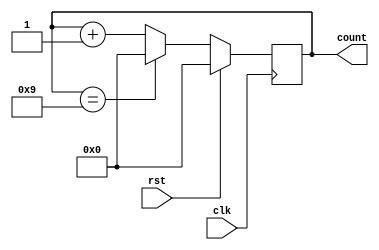
module BCD(input clk,rst,output reg[3:0]count);
always@(posedge clk)
begin
 if(rst) count<=0;
 else if(count==4'd9) count<=0;
 else count<=count+1;
end 
endmodule


module tb;
reg clk,rst;
wire[3:0]count;
always #1 clk=~clk;
BCD s1(clk,rst,count);
initial begin
$monitor($time,"   count=%d ",count);
#0 clk=1;rst=1;
#1 rst=0;

end
initial begin
#34 $finish;
end
endmodule